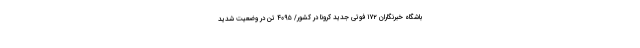
باشگاه خبرنگاران ۱۷۲ فوتی جدید کرونا در کشور/ ۴۰۹۵ تن در وضعیت شدید